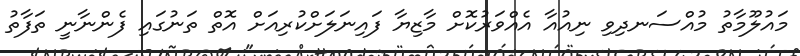
މައުލޫމާތު މުއްސަނދިވި ނިއުއާ އެއްވަރުކޮށް މާޒިޔާ ފައިނަލަށްކުރިއަށް އޮތް ތަނުގައި ފެންނާނީ ތަފާތު